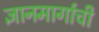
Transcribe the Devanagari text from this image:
ज्ञानमार्गाची